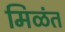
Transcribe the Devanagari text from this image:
मिळंत